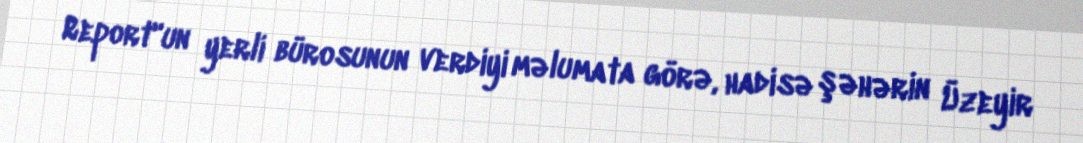
Report"un yerli bürosunun verdiyi məlumata görə, hadisə şəhərin Üzeyir